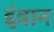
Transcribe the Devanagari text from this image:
इंत्रान